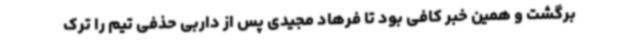
برگشت و همین خبر کافی بود تا فرهاد مجیدی پس از داربی حذفی تیم را ترک